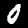
Label: 0